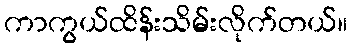
ကာကွယ်ထိန်းသိမ်းလိုက်တယ်။